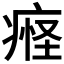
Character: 𬏴